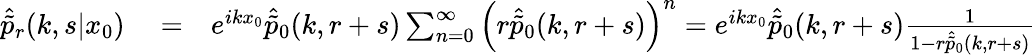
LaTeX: \begin{array}{rlr}{\hat{\tilde{p}}_{r}(k,s|x_{0})}&{{}=}&{e^{ikx_{0}}\hat{\tilde{p}}_{0}(k,r+s)\sum_{n=0}^{\infty}\left(r\hat{\tilde{p}}_{0}(k,r+s)\right)^{n}=e^{ikx_{0}}\hat{\tilde{p}}_{0}(k,r+s)\frac{1}{1-r\hat{\tilde{p}}_{0}(k,r+s)}}\end{array}